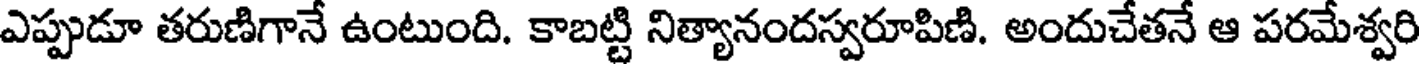
ఎప్పుడూ తరుణిగానే ఉంటుంది. కాబట్టి నిత్యానందస్వరూపిణి. అందుచేతనే ఆ పరమేశ్వరి